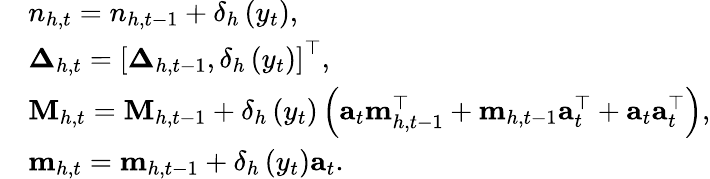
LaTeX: \begin{array}{rl}&{n_{h,t}=n_{h,t-1}+\delta_{h}\left(y_{t}\right),}\\ &{\boldsymbol{\Delta}_{h,t}=\left[\boldsymbol{\Delta}_{h,t-1},\delta_{h}\left(y_{t}\right)\right]^{\top},}\\ &{\mathbf{M}_{h,t}=\mathbf{M}_{h,t-1}+\delta_{h}\left(y_{t}\right)\left(\mathbf{a}_{t}\mathbf{m}_{h,t-1}^{\top}+\mathbf{m}_{h,t-1}\mathbf{a}_{t}^{\top}+\mathbf{a}_{t}\mathbf{a}_{t}^{\top}\right),}\\ &{\mathbf{m}_{h,t}=\mathbf{m}_{h,t-1}+\delta_{h}\left(y_{t}\right)\mathbf{a}_{t}.}\end{array}